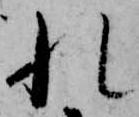
れ